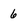
Character: 6